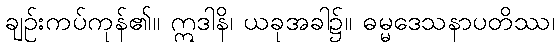
ချဉ်းကပ်ကုန်၏။ ဣဒါနိ၊ ယခုအခါ၌။ ဓမ္မဒေသနာပတိဿ၊